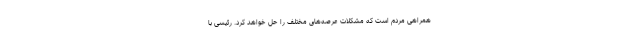
همراهی مردم است که مشکلات عرصه‌های مختلف را حل خواهد کرد. رئیسی با